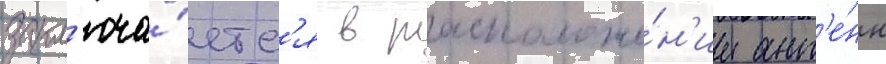
закл'юча́етс'я в расположе́н'ии ант'е́нн